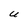
Character: U